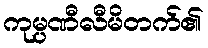
ကုမ္ပဏီလီမိတက်၏